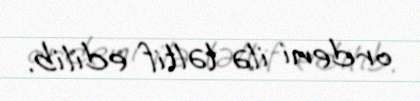
ordeni ilə təltif edilib.